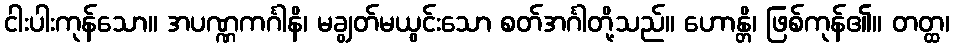
ငါးပါးကုန်သော။ အပဏ္ဏကင်္ဂါနိ၊ မချွတ်မယွင်းသော စတ်အင်္ဂါတို့သည်။ ဟောန္တိ၊ ဖြစ်ကုန်၏။ တတ္ထ၊